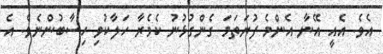
އެވެ. އެއީ އޭނާ އެންމެ ފުރަތަމަ ގެންގުޅުނު ކެމެރާ ހަލާކުވި ހިސާބުންނެވެ. އެ